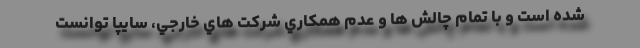
شده است و با تمام چالش ها و عدم همكاري شركت هاي خارجي، سايپا توانست